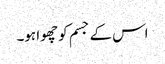
اس کے جسم کو چھوا ہو۔